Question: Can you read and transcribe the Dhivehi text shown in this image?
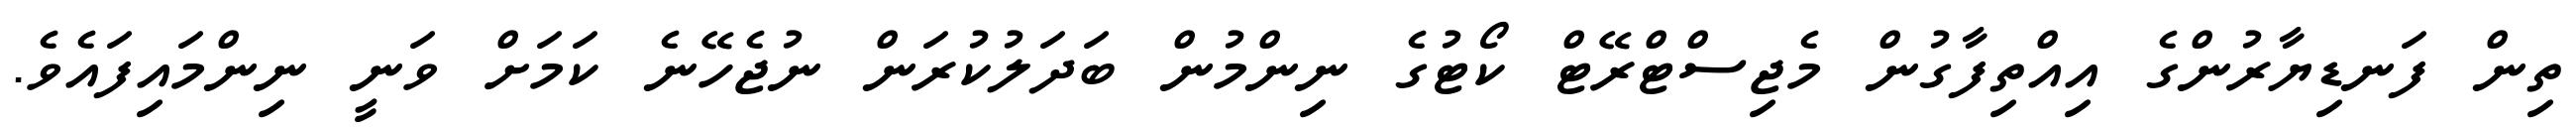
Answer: ތިން ފަނޑިޔާރުންގެ އިއްތިފާގުން މެޖިސްޓްރޭޓް ކޯޓުގެ ނިންމުން ބަދަލުކުރަން ނުޖެހޭނެ ކަމަށް ވަނީ ނިންމައިފައެވެ.